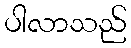
ပါလာသည်